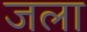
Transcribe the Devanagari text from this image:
जला